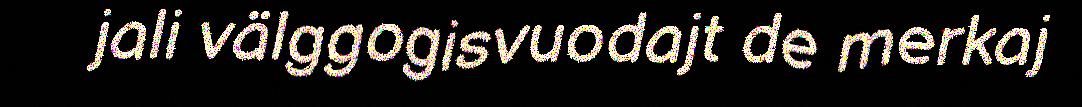
jali välggogisvuodajt de merkaj